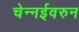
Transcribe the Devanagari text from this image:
चेन्नईवरुन